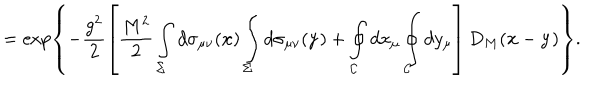
= \exp \left\{ - \frac { g ^ { 2 } } { 2 } \left[ \frac { M ^ { 2 } } { 2 } \int _ { \Sigma } ^ { } d \sigma _ { \mu \nu } ( { \bf x } ) \int _ { \Sigma } ^ { } d \sigma _ { \mu \nu } ( { \bf y } ) + \oint _ { { \cal C } } ^ { } d x _ { \mu } \oint _ { { \cal C } } ^ { } d y _ { \mu } \right] D _ { M } ( { \bf x } - { \bf y } ) \right\} .